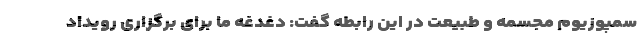
سمپوزیوم مجسمه و طبیعت در این رابطه گفت: دغدغه ما برای برگزاری رویداد